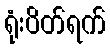
ရုံးပိတ်ရက်